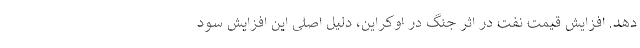
دهد. افزایش قیمت نفت در اثر جنگ در اوکراین، دلیل اصلی این افزایش سود